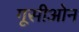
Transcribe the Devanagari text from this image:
गूसीओन